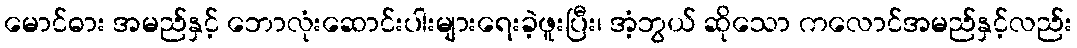
မောင်ဓား အမည်နှင့် ဘောလုံးဆောင်းပါးများရေးခဲ့ဖူးပြီး၊ အံ့ဘွယ် ဆိုသော ကလောင်အမည်နှင့်လည်း